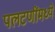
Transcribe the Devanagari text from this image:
पलटणींमध्ये